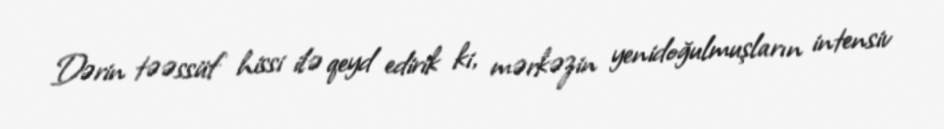
Dərin təəssüf hissi ilə qeyd edirik ki, mərkəzin yenidoğulmuşların intensiv